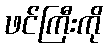
ဖင်ကြီးကို